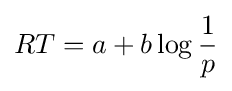
RT=a+b\log {\frac {1}{p}}